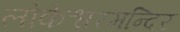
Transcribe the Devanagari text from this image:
लोकेश्वरमन्दिर